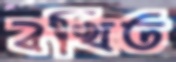
বখিত